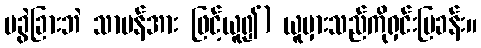
မခွဲခြားဘဲ သာမန်အား ဖြင့်ယူ၍) ယူမှားသည်ကိုရှင်းပြခန်း။